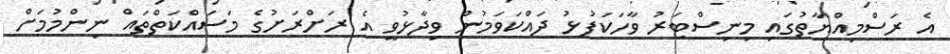
އެ ރަސްމިއްޔާތުގައި މިނިސްޓަރު ވާހަކަފުޅު ދައްކަވަމުން ވިދާޅުވީ އެ ރަށްރަށުގެ މަސައްކަތްތައް ނިންމުމަށް